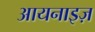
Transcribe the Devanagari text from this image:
आयनाइज़